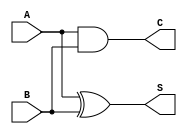
module current_mode_half_adder (
    input wire A,  // Input current representing the first binary digit (0 or 1)
    input wire B,  // Input current representing the second binary digit (0 or 1)
    output wire S, // Output current representing the sum of inputs A and B
    output wire C  // Output current representing the carry-out from the addition
);

// Combinational logic for Sum (S) and Carry (C)
assign S = A ^ B; // Sum is A XOR B
assign C = A & B; // Carry is A AND B

endmodule